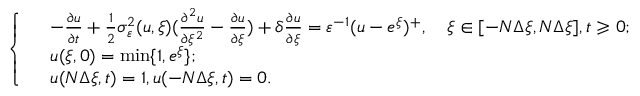
\left\{ \begin{array} { r l } & { - \frac { { \partial } u } { { \partial } t } + \frac { 1 } { 2 } \sigma _ { \varepsilon } ^ { 2 } ( u , \xi ) ( \frac { { \partial } ^ { 2 } u } { { \partial } \xi ^ { 2 } } - \frac { { \partial } u } { { \partial } \xi } ) + \delta \frac { { \partial } u } { { \partial } \xi } = \varepsilon ^ { - 1 } ( u - e ^ { \xi } ) ^ { + } , \quad \xi \in [ - N \Delta \xi , N \Delta \xi ] , t \geqslant 0 ; } \\ & { u ( \xi , 0 ) = \operatorname* { m i n } \{ 1 , e ^ { \xi } \} ; } \\ & { u ( N \Delta \xi , t ) = 1 , u ( - N \Delta \xi , t ) = 0 . } \end{array} \right.